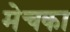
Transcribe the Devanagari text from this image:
मेचका